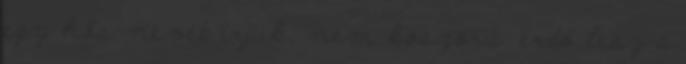
egy hős nevét írjuk, nem koszorú: erdő lesz a